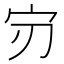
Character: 𫲶